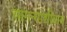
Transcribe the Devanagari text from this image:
सामन्यांशीवाय